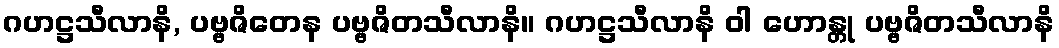
ဂဟဋ္ဌသီလာနိ, ပဗ္ဗဇိတေန ပဗ္ဗဇိတသီလာနိ။ ဂဟဋ္ဌသီလာနိ ဝါ ဟောန္တု ပဗ္ဗဇိတသီလာနိ